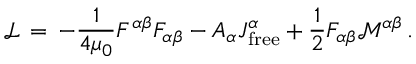
{ \mathcal { L } } \, = \, - { \frac { 1 } { 4 \mu _ { 0 } } } F ^ { \alpha \beta } F _ { \alpha \beta } - A _ { \alpha } J _ { \mathrm { f r e e } } ^ { \alpha } + { \frac { 1 } { 2 } } F _ { \alpha \beta } { \mathcal { M } } ^ { \alpha \beta } \, .